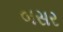
બસર